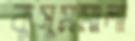
কুসুমমালা